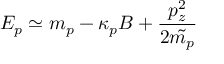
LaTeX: E _ { p } \simeq m _ { p } - \kappa _ { p } B + \frac { p _ { z } ^ { 2 } } { 2 \tilde { m _ { p } } } \nonumber \,